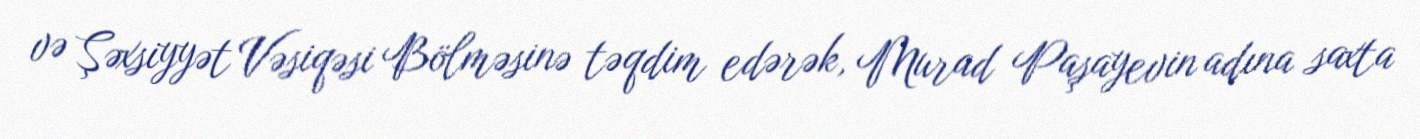
və Şəxsiyyət Vəsiqəsi Bölməsinə təqdim edərək, Murad Paşayevin adına saxta